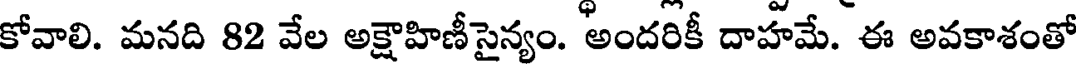
కోవాలి. మనది 82 వేల అక్షౌహిణీ సైన్యం. అందరికీ దాహమే. ఈ అవకాశంతో